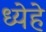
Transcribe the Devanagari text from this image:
ध्येहे